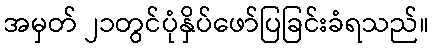
အမှတ် ၂၁တွင်ပုံနှိပ်ဖော်ပြခြင်းခံရသည်။